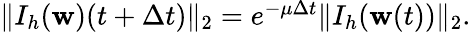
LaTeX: \begin{array}{r}{\| I_{h}(\mathbf{w})(t+\Delta t)\| _{2}=e^{-\mu\Delta t}\| I_{h}(\mathbf{w}(t))\| _{2}.}\end{array}